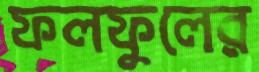
ফলফুলের